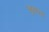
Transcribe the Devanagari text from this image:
चूकना